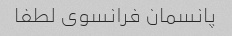
پانسمان فرانسوی لطفا